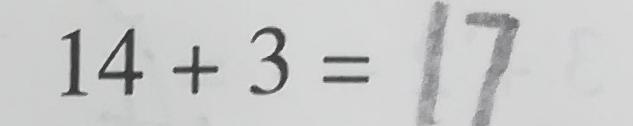
1 4 + 3 = 1 7